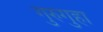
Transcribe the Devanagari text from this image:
गुरुगुहा